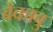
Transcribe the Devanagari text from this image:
बेकाबु